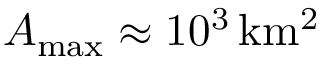
\ensuremath { A _ { \mathrm { m a x } } } \approx 1 0 ^ { 3 } \, \ensuremath { \mathrm { k m ^ { 2 } } }